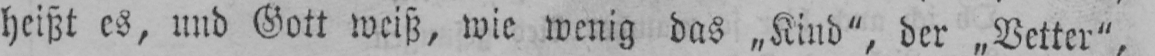
heißt es, und Gott weiß, wie wenig das „Kind“, der „Vetter“,